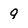
Character: 9